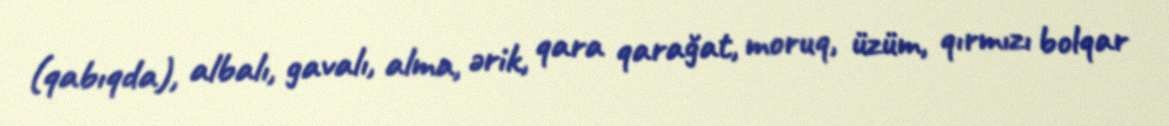
(qabıqda), albalı, gavalı, alma, ərik, qara qarağat, moruq, üzüm, qırmızı bolqar